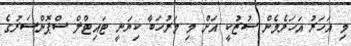
މި އަހަރު އަހަރެމެން ސުޒުކީ އަށް މި މަރުހަބާ ކިޔަނީ ޓައިޓްލް ސްޕޮންސަރުގެ